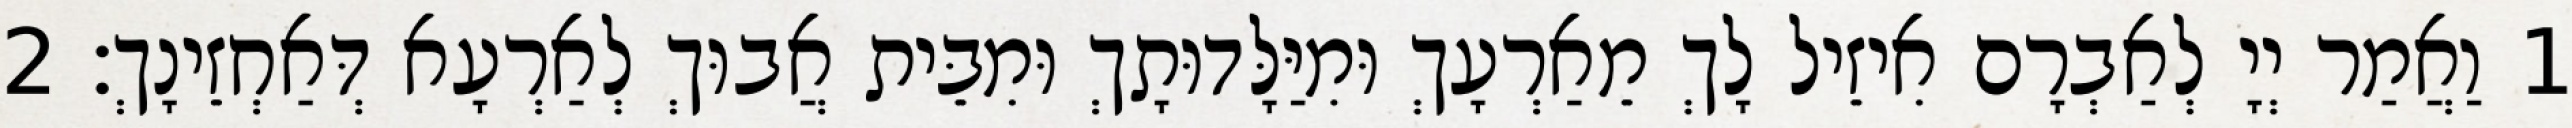
1 וַאֲמַר יְיָ לְאַבְרָם אִיזֵיל לָךְ מֵאַרְעָךְ וּמִיַּלָּדוּתָךְ וּמִבֵּית אֲבוּךְ לְאַרְעָא דְּאַחְזֵינָךְ׃ 2